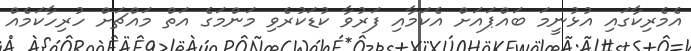
އެމެރިކާގައި އުޅުނީމަ ބައްޕައަށް އެކަމާއި ފަރުވާ ކުޑަކުރެވި މަންމަގެ އަތް މައްޗަށް ހުރިހާކަމެއް